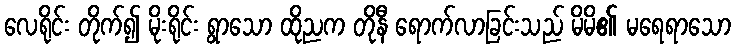
လေရိုင်း တိုက်၍ မိုးရိုင်း ရွာသော ထိုညက တိုနီ ရောက်လာခြင်းသည် မိမိ၏ မရေရာသော